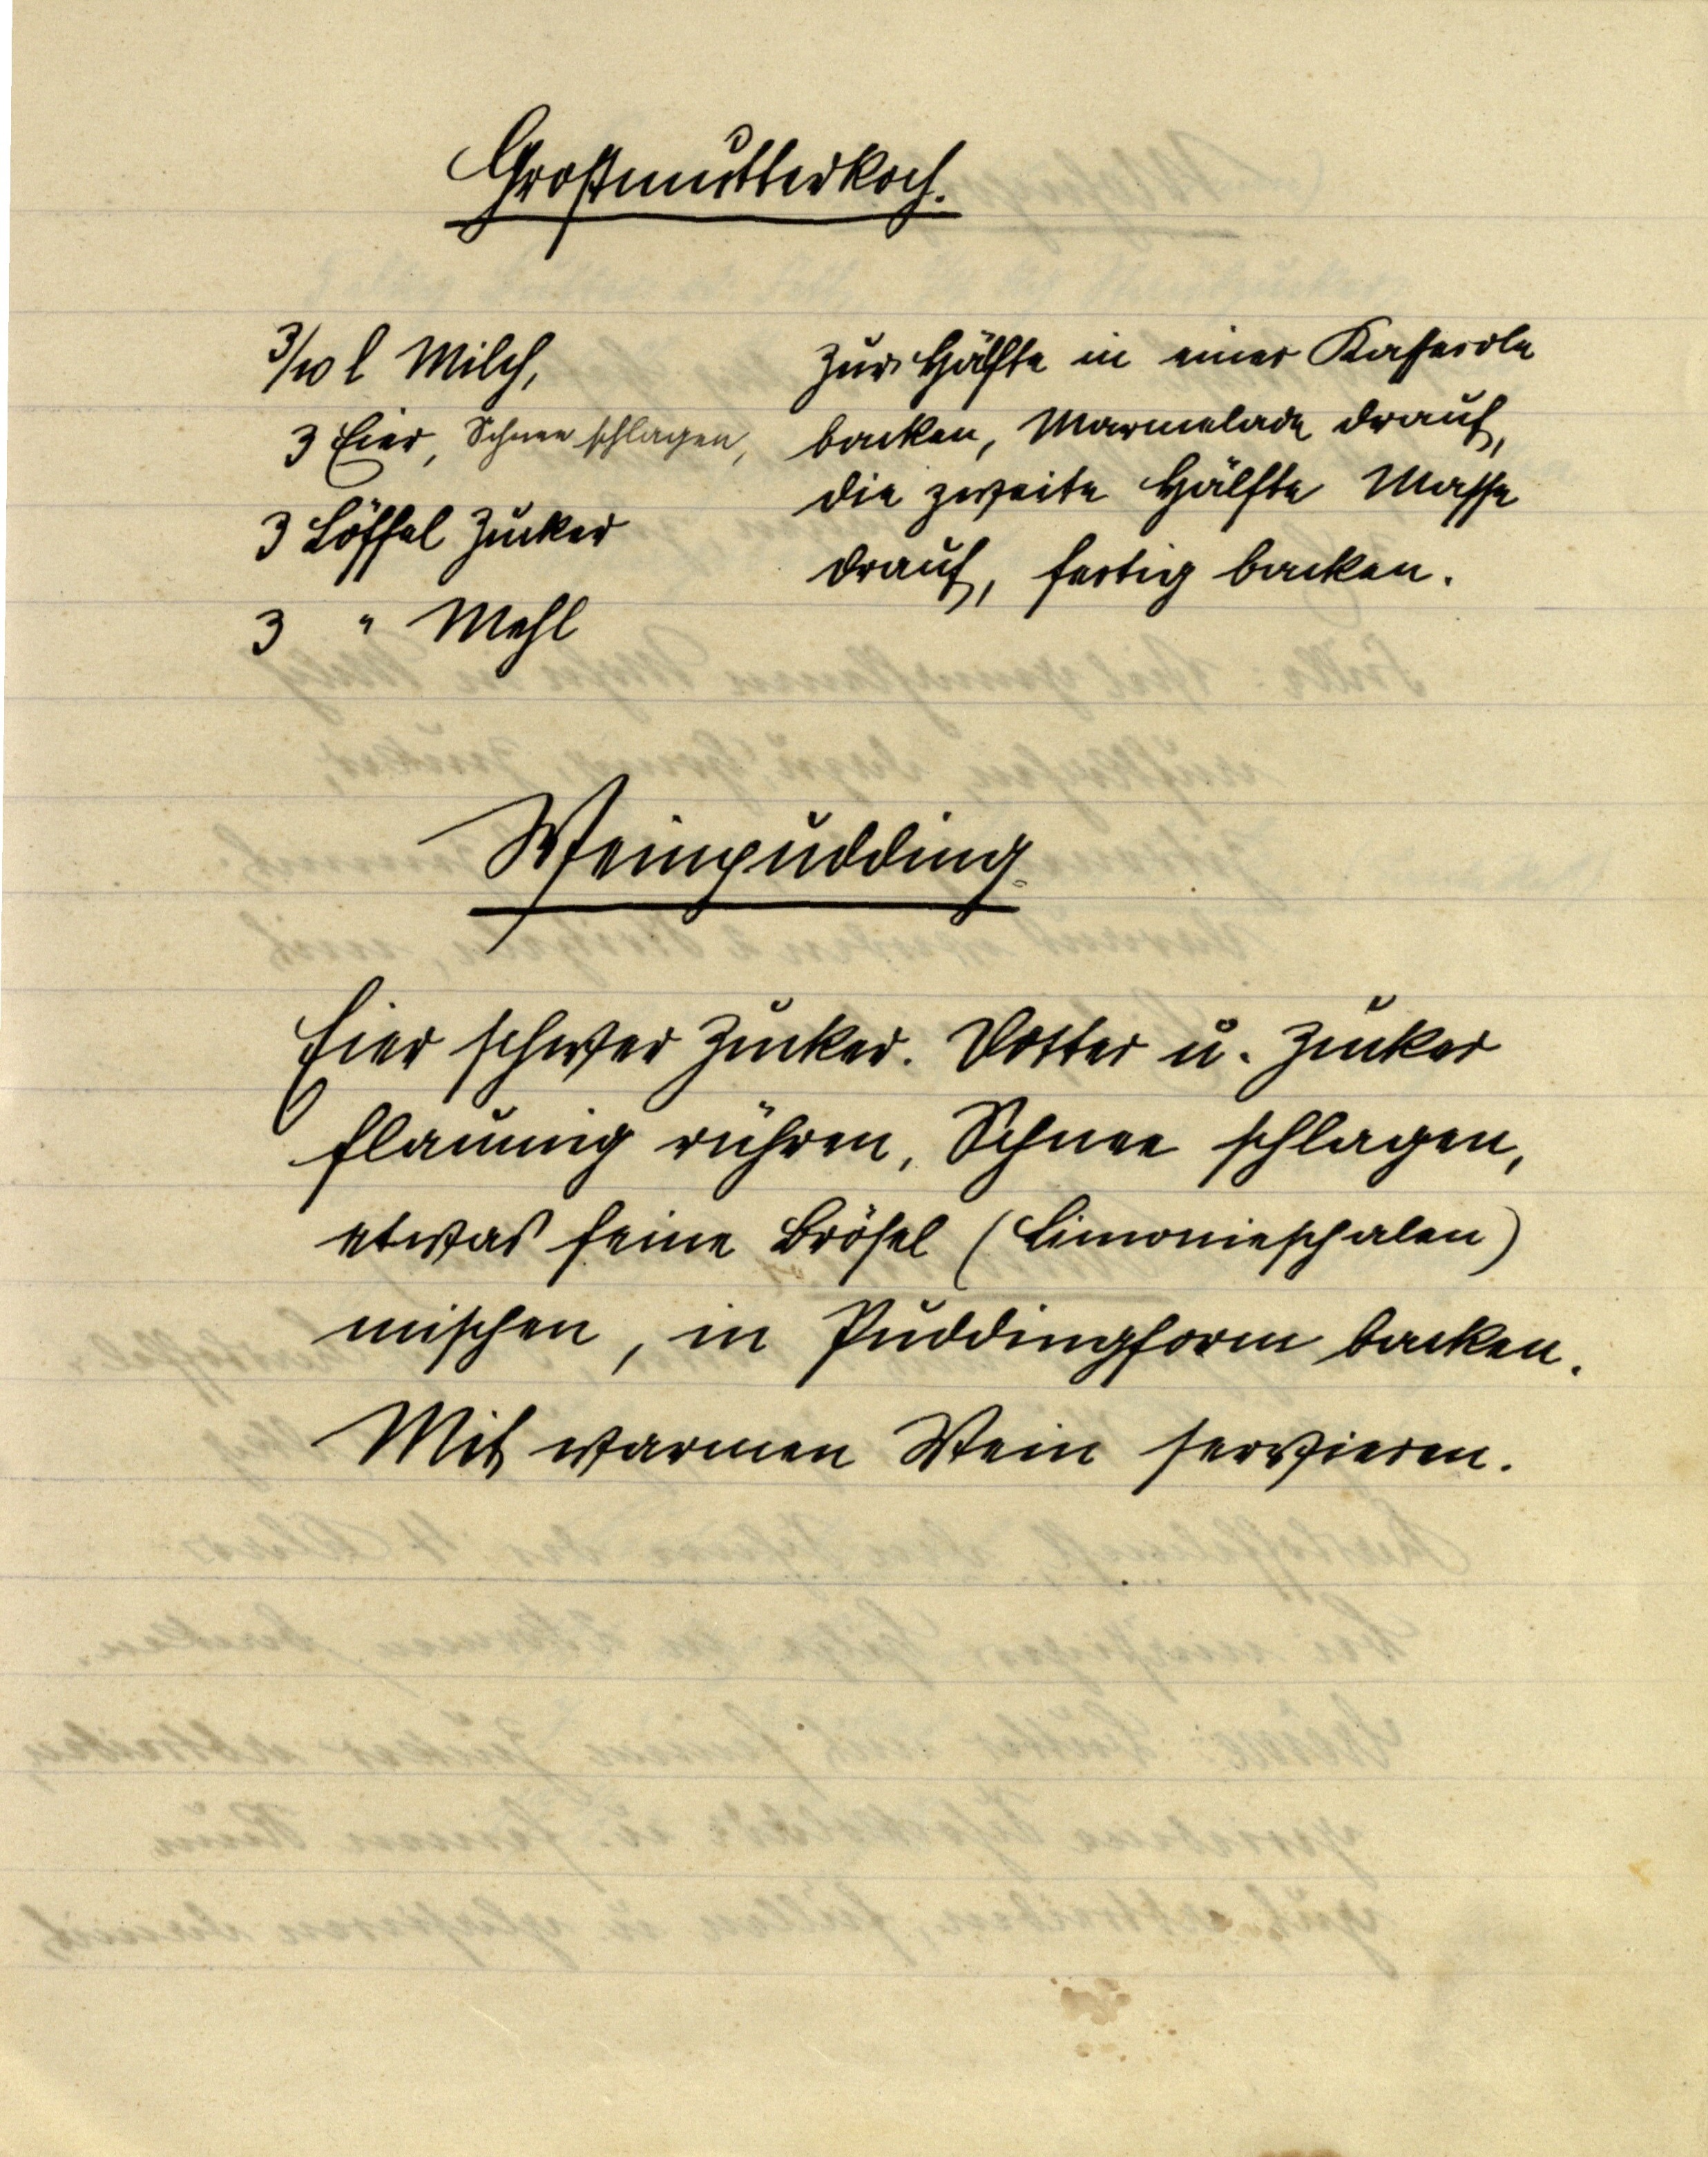
Großmutterkoch.

3/10 l Milch,
3 Eier, Schnee schlagen,
3 Löffel Zucker
3 " Mehl

Zur Hälfte in einer Kassarole
backen, Marmelade drauf,
die zweite Hälfte Masse
drauf, fertig backen.

Weinpudding.

Eier schwer Zucker. Dotter u. Zucker
flaumig rühren, Schnee schlagen,
etwas feine Brösel (Limonieschalen)
mischen, in Puddingform backen.
Mit warmen Wein servieren.